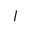
I